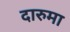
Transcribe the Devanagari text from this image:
दारुमा